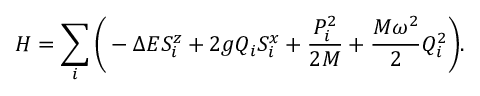
H = \sum _ { i } \bigg ( - \Delta E S _ { i } ^ { z } + 2 g Q _ { i } S _ { i } ^ { x } + \frac { P _ { i } ^ { 2 } } { 2 M } + \frac { M \omega ^ { 2 } } { 2 } Q _ { i } ^ { 2 } \bigg ) .